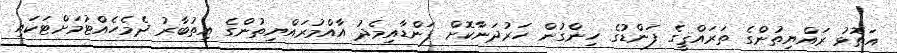
އަތޮޅު ރައްޔިތުންގެ ތަރައްޤީގެ ފަންޑުގެ ހިންގުން ހަރުދަނާކޮށް ފަންޑާއިމެދު އާއްމުރައްޔިތުންގެ އިތުބާރު ދެމެހެއްޓުމަށްޓަކައި